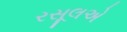
રસૂલએ